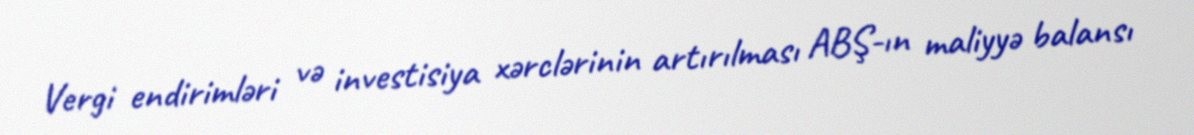
Vergi endirimləri və investisiya xərclərinin artırılması ABŞ-ın maliyyə balansı